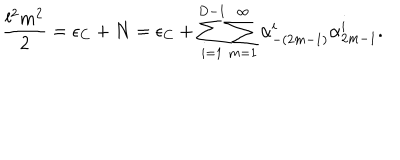
\frac { l ^ { 2 } m ^ { 2 } } { 2 } = \epsilon _ { C } + N = \epsilon _ { C } + \sum _ { i = 1 } ^ { D - 1 } \sum _ { m = 1 } ^ { \infty } \alpha _ { - ( 2 m - 1 ) } ^ { i } \alpha _ { 2 m - 1 } ^ { i } .